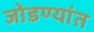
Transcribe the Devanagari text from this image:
जोडण्यांत